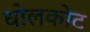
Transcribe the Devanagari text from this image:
धोलकोट